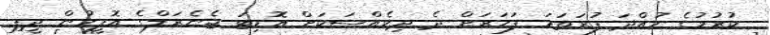
ކުރުމުގެ ހުއްދަ ފުރަތަމަ ފަހަރަށް ދެ ދިވެއްސަކަށް އޮޑިޓަ ޖެނެރަލްގެ އޮފީހުން ދީފި